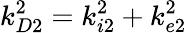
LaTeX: k_{D2}^{2}=k_{i2}^{2}+k_{e2}^{2}